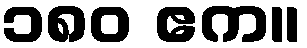
၁၈၀ ဧက။